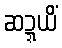
ဆဍ္ဍယိံ